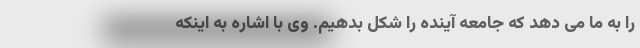
را به ما می دهد که جامعه آینده را شکل بدهیم. وی با اشاره به اینکه